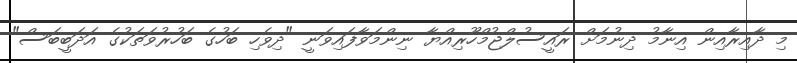
މި ދާއިރާއިން އިނާމު ދިނުމަށް ރައީސުލްޖުމްހޫރިއްޔާ ނިންމަވާފައިވަނީ "ދިވެހި ބަހުގެ ބަހުރުވަތަކުގެ އަދަބީބަސް"